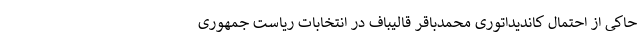
حاکی از احتمال کاندیداتوری محمدباقر قالیباف در انتخابات ریاست جمهوری